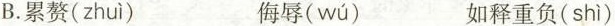
B.累赘( zhuì ) 侮辱( wú ) 如释重负( shì )